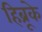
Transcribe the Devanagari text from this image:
हिब्रूके